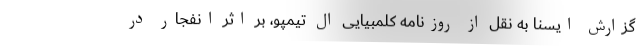
گزارش ایسنا به نقل از روزنامه کلمبیایی اِل تیمپو، بر اثر انفجار در